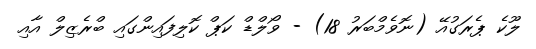
ލޫކެ ޕެރަގުއޭ (ނޮވެމްބަރު 18) - ވޯލްޑް ކަޕް ކޮލިފައިންގައި ބްރެޒިލް އާއި